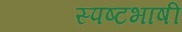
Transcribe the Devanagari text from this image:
स्पष्टभाषी